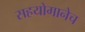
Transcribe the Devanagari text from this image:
सहयोगानेच